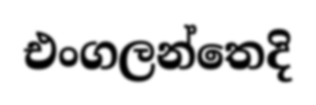
එංගලන්තෙදි